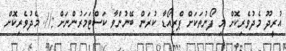
އުރީދޫ މެދުވެރިކޮށް މި ފޯނުތަކަށް ޕްރީއޯޑާ ކުރަން ބޭނުންވާ ކަސްޓަމަރުންނަށް ://. މެދުވެރިކޮށް